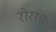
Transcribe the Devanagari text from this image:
रोंरांग